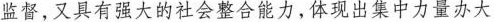
监督，又具有强大的社会整合能力，体现出集中力量办大